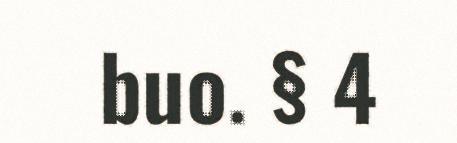
buo. § 4